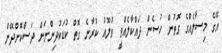
އޭގެ މިސާލެއްގެ ގޮތުން ހުސެން ދައްކާލެއްވީ ވުލޫއު ކުރާނެ ގޮތް ކުޑަކުދިންނަށް ދަސްކޮށްދޭން